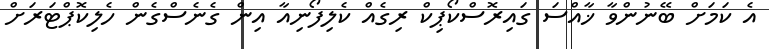
އެ ކަމަށް ބޭނުންވާ ޚާއްސަ ގައިރޮސްކޯޕިކް ރިގެއް ކެލިފޯނިއާ އިން ގެނެސްގެން ހެލިކޮޕްޓަރަށް